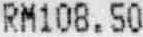
RM108.50